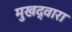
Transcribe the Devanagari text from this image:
मुखद्वारा